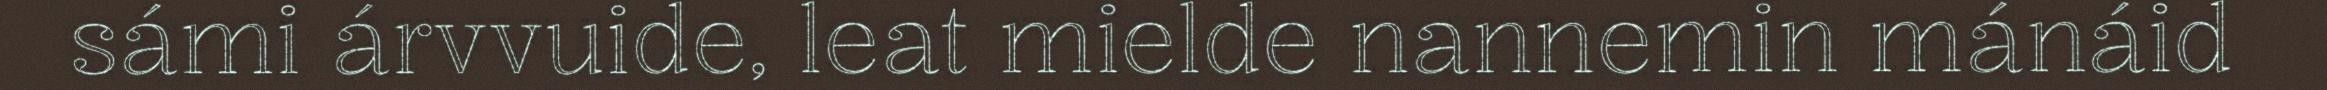
sámi árvvuide, leat mielde nannemin mánáid